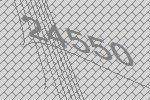
24550